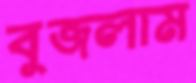
বুজলাম